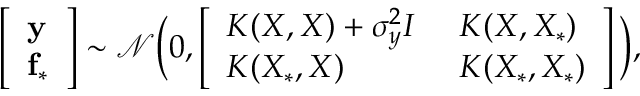
\left[ \begin{array} { l } { \mathbf { y } } \\ { \mathbf { f _ { * } } } \end{array} \right] \sim \mathcal { N } \bigg ( 0 , \left[ \begin{array} { l l } { K ( X , X ) + \sigma _ { y } ^ { 2 } I } & { K ( X , X _ { * } ) \: } \\ { K ( X _ { * } , X ) \phantom { + \: \: \sigma { y } ^ { 2 } } } & { K ( X _ { * } , X _ { * } ) } \end{array} \right] \bigg ) ,